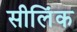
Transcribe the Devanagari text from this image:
सीलिंक